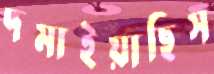
দমাইয়াছিস